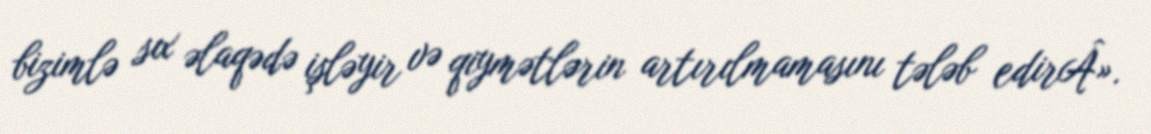
bizimlə sıx əlaqədə işləyir və qiymətlərin artırılmamasını tələb edirÂ».